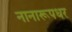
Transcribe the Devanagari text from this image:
नानारूपधर